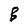
Character: B